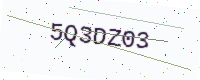
Text: 5Q3DZ03